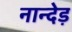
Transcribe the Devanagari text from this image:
नान्देड़